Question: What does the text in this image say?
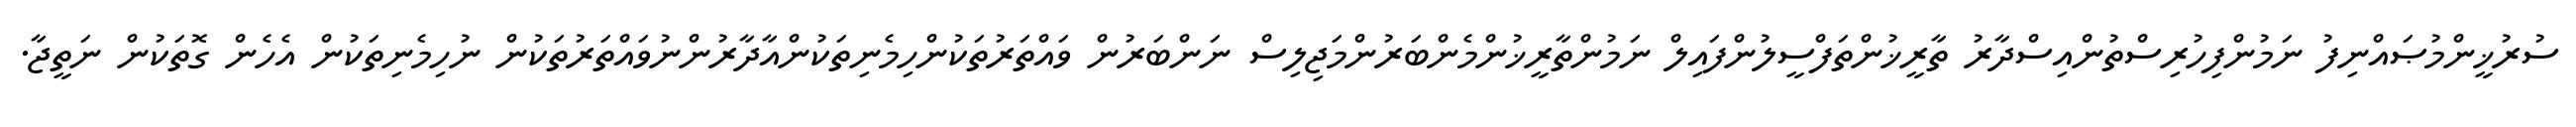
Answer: ސުރުޚީންމުޞައްނިފު ނަމުންފިހުރިސްތުންއިސްދާރު ތާރީޚުންތަފްސީލުންފައިލް ނަމުންތާރީޚުންމެންބަރުންމަޖިލިސް ނަންބަރުން ވައްތަރުތަކުންހިމެނިތަކުންއާދާރުންނުވައްތަރުތަކުން ނުހިމެނިތަކުން އެހެން ގޮތަކުން ނަތީޖާ.